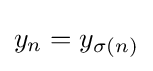
y_{n}=y_{\sigma (n)}